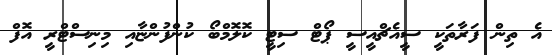
އެ ތިން ފަރާތަކީ ސީއެޗްއީސީ ޕޯޓް ސިޓީ ކޮލޮމްބޯ ކުންފުންޏާއި މިނިސްޓްރީ އޮފް